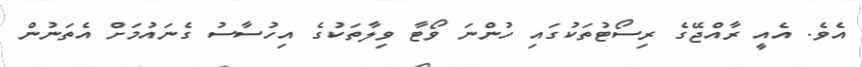
އެވެ. އެއީ ރާއްޖޭގެ ރިސޯޓުތަކުގައި ހުންނަ ވޯޓާ ވިލާތަކުގެ އިހުސާސު ގެނައުމަށް އެތަނުން